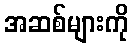
အဆစ်များကို